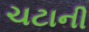
ચટાની